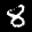
Label: 8